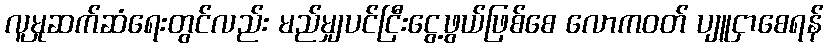
လူမှုဆက်ဆံရေးတွင်လည်း မည်မျှပင်ငြီးငွေ့ဖွယ်ဖြစ်စေ လောကဝတ် ပျူငှာစေရန်